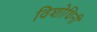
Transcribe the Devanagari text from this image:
विशोधिनी